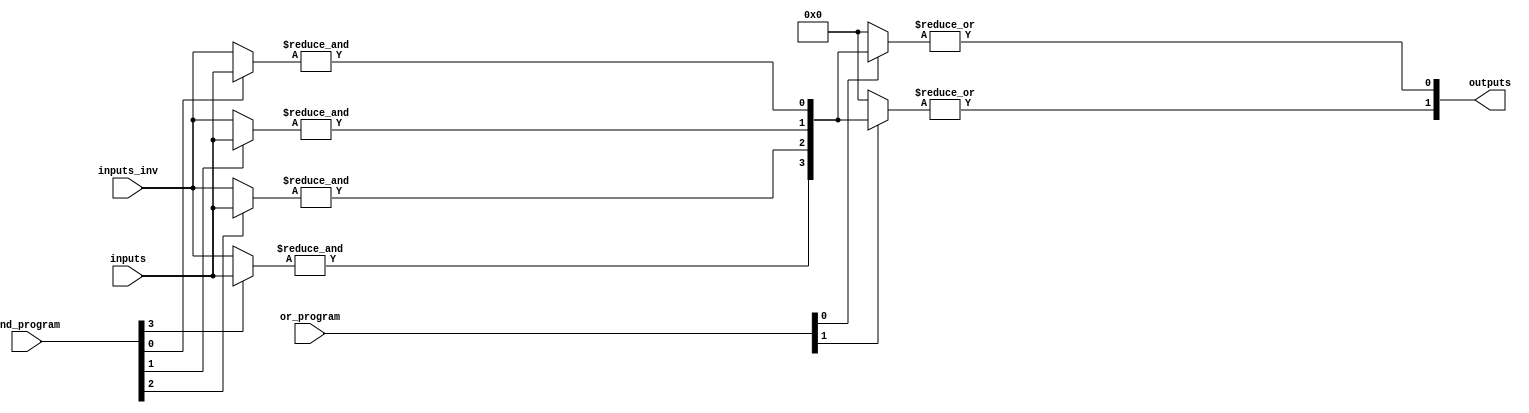
module PLA #(parameter N = 4, // Number of inputs
             parameter M = 2, // Number of outputs
             parameter P = 4  // Number of AND gates
            ) (
    input  wire [N-1:0] inputs,        // Input signals
    input  wire [N-1:0] inputs_inv,    // Inverted input signals
    input  wire [P-1:0] and_program,    // Programmable connections for AND gates
    input  wire [M-1:0] or_program,     // Programmable connections for OR gates
    output wire [M-1:0] outputs         // Output signals
);

// Internal signals for AND gate outputs
wire [P-1:0] and_out;

// AND Array
genvar i, j;
generate
    for (i = 0; i < P; i = i + 1) begin : and_array
        wire [N-1:0] and_inputs;
        assign and_inputs = (and_program[i] == 1'b1) ? inputs : inputs_inv; // Select inputs based on programmability
        assign and_out[i] = &and_inputs; // AND operation
    end
endgenerate

// OR Array
generate
    for (j = 0; j < M; j = j + 1) begin : or_array
        wire [P-1:0] or_inputs;
        assign or_inputs = (or_program[j] == 1'b1) ? and_out : 1'b0; // Select AND outputs based on programmability
        assign outputs[j] = |or_inputs; // OR operation
    end
endgenerate

endmodule